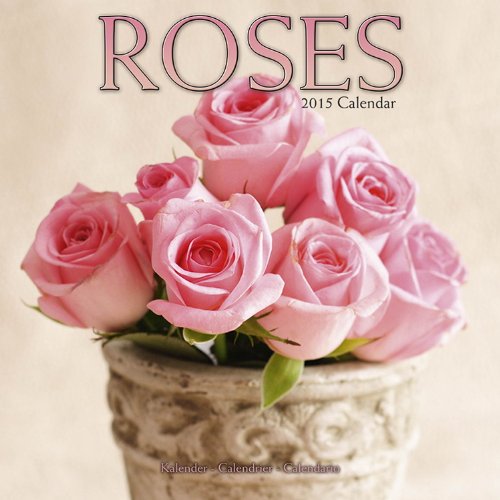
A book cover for Roses Calendar - 2015 Wall calendars - Garden Calendars - Flower Calendar - Monthly Wall Calendar by Avonside; MegaCalendars; Calendars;